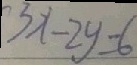
3 x - 2 y = 6